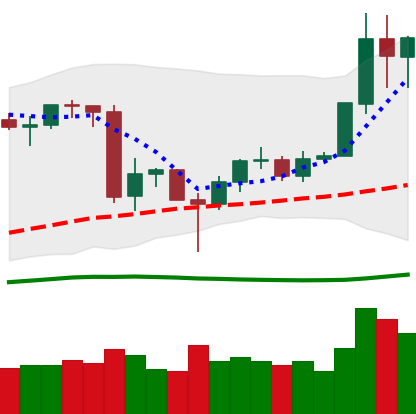
Ticker: LINK-USD
Chart end date: 2020-06-25
Forward return: -5.089%
Label: down_5_7